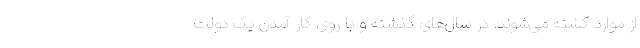
از موارد کشته می‌شوند. در سال‌های گذشته و با روی کار آمدن یک دولت